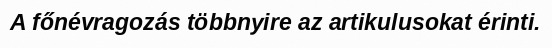
A főnévragozás többnyire az artikulusokat érinti.